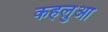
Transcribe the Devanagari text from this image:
कहलुआ